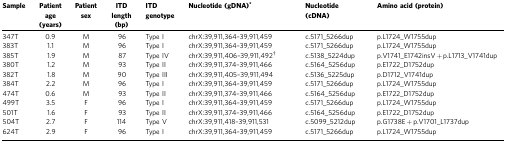
| Sample | Patient age (years) | Patient sex | ITD length (bp) | ITD genotype | Nucleotide (gDNA)* | Nucleotide (cDNA) | Amino acid (protein) |
 | --- | --- | --- | --- | --- | --- | --- | --- |
 | 347T | 0.9 | M | 96 | Type I | chrX:39,911,364–39,911,459 | c.5171_5266dup | p.L1724_W1755dup |
 | 383T | 1.1 | M | 96 | Type I | chrX:39,911,364–39,911,459 | c.5171_5266dup | p.L1724_W1755dup |
 | 385T | 1.9 | M | 87 | Type IV | chrX:39,911,406–39,911,492† | c.5138_5224dup | p.V1741_E1742insV+p.L1713_V1741dup |
 | 380T | 1.2 | M | 93 | Type II | chrX:39,911,374–39,911,466 | c.5164_5256dup | p.E1722_D1752dup |
 | 382T | 1.8 | M | 90 | Type III | chrX:39,911,405–39,911,494 | c.5136_5225dup | p.D1712_V1741dup |
 | 384T | 2.2 | M | 96 | Type I | chrX:39,911,364–39,911,459 | c.5171_5266dup | p.L1724_W1755dup |
 | 474T | 0.6 | M | 93 | Type II | chrX:39,911,374–39,911,466 | c.5164_5256dup | p.E1722_D1752dup |
 | 499T | 3.5 | F | 96 | Type I | chrX:39,911,364–39,911,459 | c.5171_5266dup | p.L1724_W1755dup |
 | 501T | 1.6 | F | 93 | Type II | chrX:39,911,374–39,911,466 | c.5164_5256dup | p.E1722_D1752dup |
 | 504T | 2.7 | F | 114 | Type V | chrX:39,911,418–39,911,531 | c.5099_5212dup | p.G1738E+p.V1701_L1737dup |
 | 624T | 2.9 | F | 96 | Type I | chrX:39,911,364–39,911,459 | c.5171_5266dup | p.L1724_W1755dup |